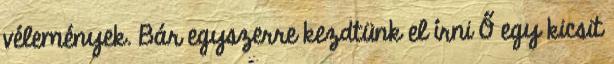
vélemények. Bár egyszerre kezdtünk el írni Ő egy kicsit